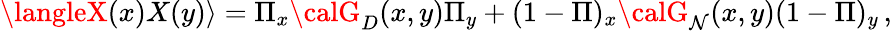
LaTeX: \langleX(x)X(y)\rangle=\Pi_{x}{\calG}_{D}(x,y)\Pi_{y}+(1-\Pi)_{x}{\calG}_{\mathcal{N}}(x,y)(1-\Pi)_{y}\, ,